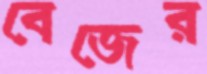
বেজের